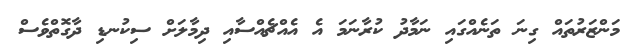
މަންޒަރުތައް ގިނަ ތަނެއްގައި ނަމާދު ކުރާނަމަ އެ އެއްޗެއްސާއި ދިމާލަށް ސިކުނޑި ދާގޮތްވެސް